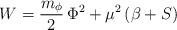
LaTeX: \begin{align*}W=\frac{m_\phi}{2}\,\Phi^2+\mu^2\left(\beta+S\right)\end{align*}